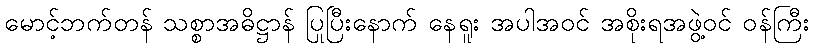
မောင့်ဘက်တန် သစ္စာအဓိဋ္ဌာန် ပြုပြီးနောက် နေရူး အပါအဝင် အစိုးရအဖွဲ့ဝင် ဝန်ကြီး